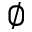
\varnothing